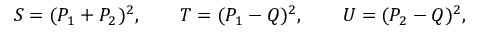
S = ( P _ { 1 } + P _ { 2 } ) ^ { 2 } , \qquad T = ( P _ { 1 } - Q ) ^ { 2 } , \qquad U = ( P _ { 2 } - Q ) ^ { 2 } ,